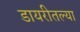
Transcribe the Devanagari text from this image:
डायरीतल्या